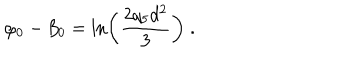
\varphi _ { 0 } - \beta _ { 0 } = \ln \left( \frac { 2 q _ { 5 } d ^ { 2 } } { 3 } \right) \; .